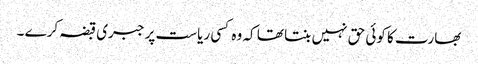
بھارت کا کوئی حق نہیں بنتا تھا کہ وہ کسی ریاست پر جبری قبضہ کرے ۔